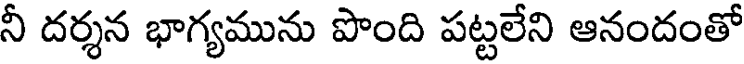
నీ దర్శన భాగ్యమును పొంది పట్టలేని ఆనందంతో